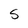
Character: S